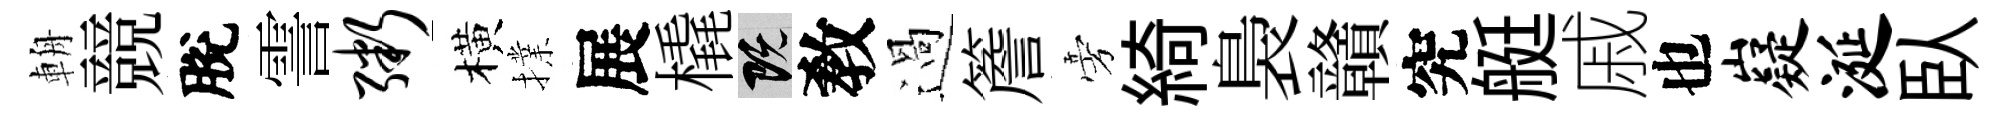
輈競脫霅粥橫擈展橇既敎過簷旁綺裊贛究艇戚也嶷涎臥